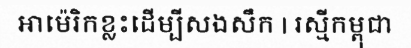
អាម៉េរិកខ្លះដើម្បីសងសឹក | រស្មីកម្ពុជា